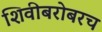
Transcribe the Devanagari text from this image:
शिवीबरोबरच